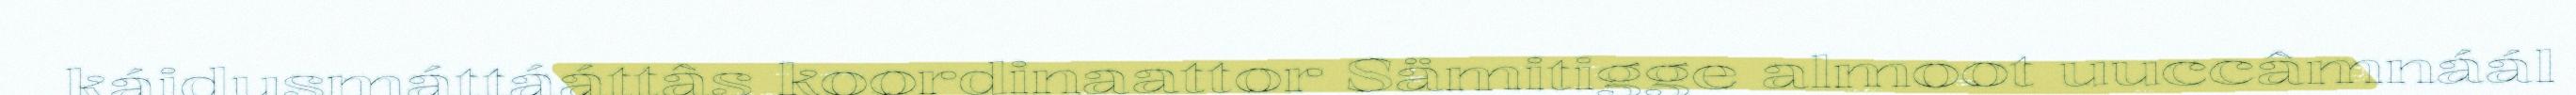
káidusmáttááttâs koordinaattor Sämitigge almoot uuccâmnáál